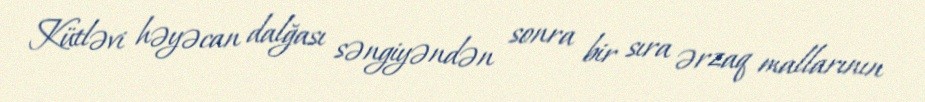
Kütləvi həyəcan dalğası səngiyəndən sonra bir sıra ərzaq mallarının